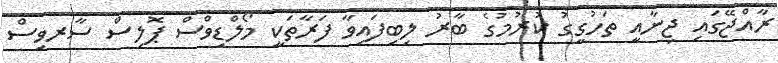
ރާއްޖޭގައި ޖިނާއީ ތަހުގީގު ކުރުމުގެ ބާރު ލިބިފައިވާ ފަރާތަކީ މޯލްޑިވްސް ޕޮލިސް ސާރވިސް